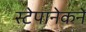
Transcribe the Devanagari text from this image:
स्टेपानेकने